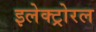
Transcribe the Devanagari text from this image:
इलेक्ट्रोरल